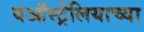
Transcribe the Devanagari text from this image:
वऑस्ट्रेलियाच्या